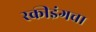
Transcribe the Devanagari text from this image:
स्कीइंगचा